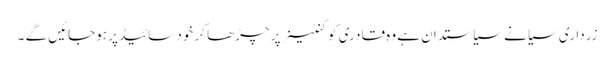
زرداری سیانے سیاستدان ہے وہ قادری کو کنٹینر پر چڑھا کر خود سائیڈ پر ہوجائیں گے ۔